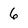
Character: 6